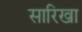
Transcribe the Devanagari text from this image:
सारिखा